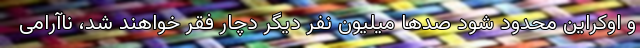
و اوکراین محدود شود صدها میلیون نفر دیگر دچار فقر خواهند شد، ناآرامی